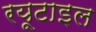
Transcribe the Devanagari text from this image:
रयूटाइल